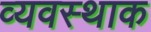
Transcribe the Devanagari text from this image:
व्यवस्थाक